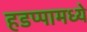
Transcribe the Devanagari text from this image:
हडप्पामध्ये